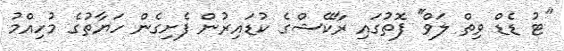
''ޓު ޑެޑް ވިތް ލަވް'' ފޮތުގައި ރާކޭޝްގެ ކުޑައިރުން ފެށިގެން ހަޔާތުގެ މުހިއްމު